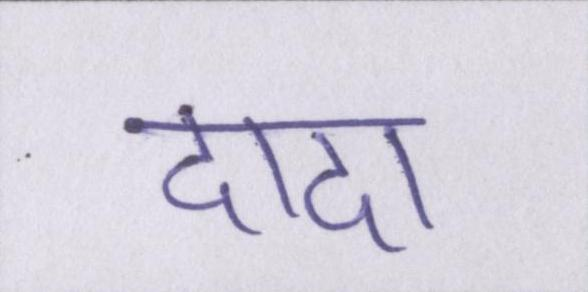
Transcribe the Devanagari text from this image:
दादा